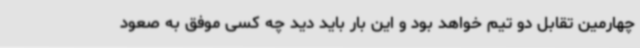
چهارمین تقابل دو تیم خواهد بود و این بار باید دید چه کسی موفق به صعود